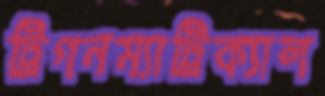
ট্রিগনম্যাট্রিক্যাল